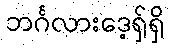
ဘင်္ဂလားဒေ့ရှ်ရှိ